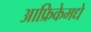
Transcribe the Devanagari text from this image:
आफ्रिकेमधे